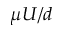
\mu U / d